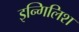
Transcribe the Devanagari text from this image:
इन्गिलिश